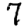
Digit: 7